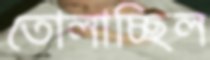
তোলাচ্ছিল